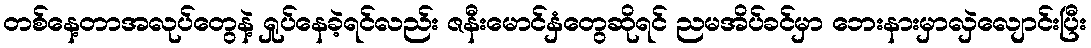
တစ်နေ့တာအလုပ်တွေနဲ့ ရှုပ်နေခဲ့ရင်လည်း ဇနီးမောင်နှံတွေဆိုရင် ညမအိပ်ခင်မှာ ဘေးနားမှာလှဲလျောင်းပြီး